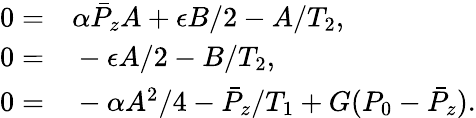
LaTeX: \begin{array}{rl}{0=}&{{}\alpha\bar{P}_{z}A+\epsilon B/2-A/T_{2},}\\ {0=}&{{}-\epsilon A/2-B/T_{2},}\\ {0=}&{{}-\alpha A^{2}/4-\bar{P}_{z}/T_{1}+G(P_{0}-\bar{P}_{z}).}\end{array}